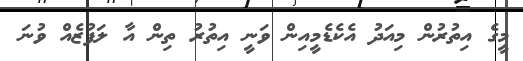
މީގެ އިތުރުން މިއަދު އެކެޑެމީއިން ވަނީ އިތުރު ތިން އާ ލަފުޒެއް ވުނަ